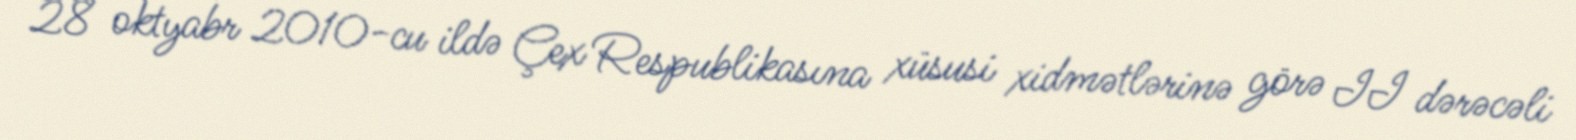
28 oktyabr 2010-cu ildə Çex Respublikasına xüsusi xidmətlərinə görə II dərəcəli